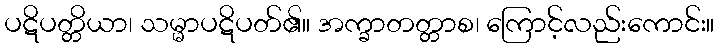
ပဋိပတ္တိယာ၊ သမ္မာပဋိပတ်၏။ အက္ခာတတ္တာစ၊ ကြောင့်လည်းကောင်း။